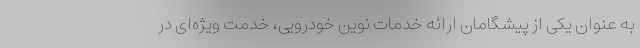
به عنوان یکی از پیشگامان ارائه خدمات نوین خودرویی، خدمت ویژه‌ای در